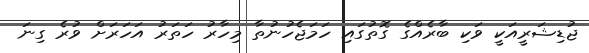
ޖުޑިޝަރީއަކީ ވަކި ބާރެއްގެ ގޮތުގައި ހަމަޖެހުނުތާ މިހާރު ހަތަރު އަހަރަށް ވުރެ ގިނަ